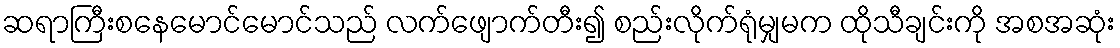
ဆရာကြီးစနေမောင်မောင်သည် လက်ဖျောက်တီး၍ စည်းလိုက်ရုံမျှမက ထိုသီချင်းကို အစအဆုံး